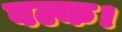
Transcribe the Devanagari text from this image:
वल्क।